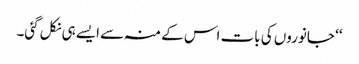
‘‘ جانوروں کی بات اس کے منہ سے ایسے ہی نکل گئی۔